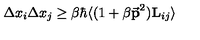
\Delta x _ { i } \Delta x _ { j } \ge \beta \hbar \langle ( 1 + \beta { { \bf \vec { p } } } ^ { 2 } ) { \bf { L } } _ { i j } \rangle